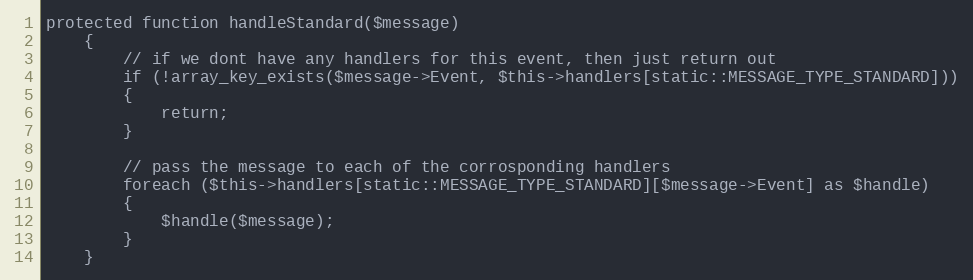
Language: PHP
protected function handleStandard($message)
	{
		// if we dont have any handlers for this event, then just return out
		if (!array_key_exists($message->Event, $this->handlers[static::MESSAGE_TYPE_STANDARD]))
		{
			return;
		}

		// pass the message to each of the corrosponding handlers
		foreach ($this->handlers[static::MESSAGE_TYPE_STANDARD][$message->Event] as $handle)
		{
			$handle($message);
		}
	}